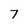
Character: 7